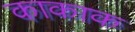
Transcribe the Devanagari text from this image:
काकाक